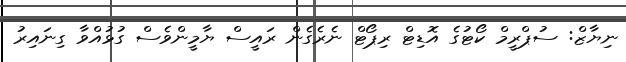
ނިޔާޒް: ސުޕްރީމް ކޯޓުގެ އޮޑިޓް ރިޕޯޓް ނެރެގެން ރައީސް ޔާމީންވެސް ގުޅުއްވާ ގިނައިރު